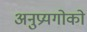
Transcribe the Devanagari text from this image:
अनुप्रयगोको